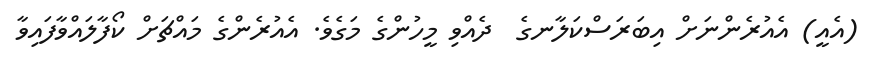
(އެއީ) އެއުރެންނަށް އިބަރަސްކަލާނގެ  ދެއްވި މީހުންގެ މަގެވެ. އެއުރެންގެ މައްޗަށް ކޯފާލައްވާފައިވާ